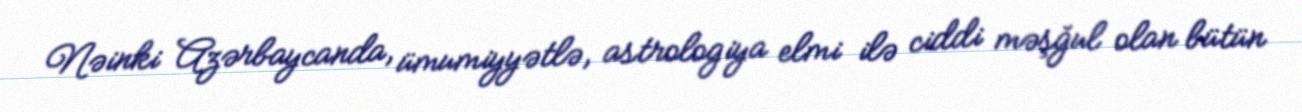
Nəinki Azərbaycanda, ümumiyyətlə, astrologiya elmi ilə ciddi məşğul olan bütün